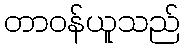
တာဝန်ယူသည်